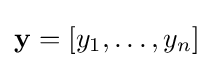
\mathbf {y} =[y_{1},\ldots ,y_{n}]